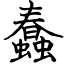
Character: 蠢